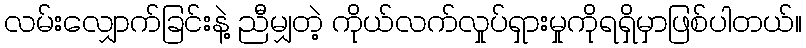
လမ်းလျှောက်ခြင်းနဲ့ ညီမျှတဲ့ ကိုယ်လက်လှုပ်ရှားမှုကိုရရှိမှာဖြစ်ပါတယ်။